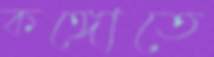
কঙ্গোতে